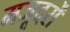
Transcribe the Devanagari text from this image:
मजूदरों